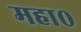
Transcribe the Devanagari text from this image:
महा०